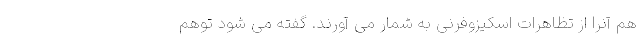
هم آنرا از تظاهرات اسکیزوفرنی به شمار می آورند. گفته می شود توهم